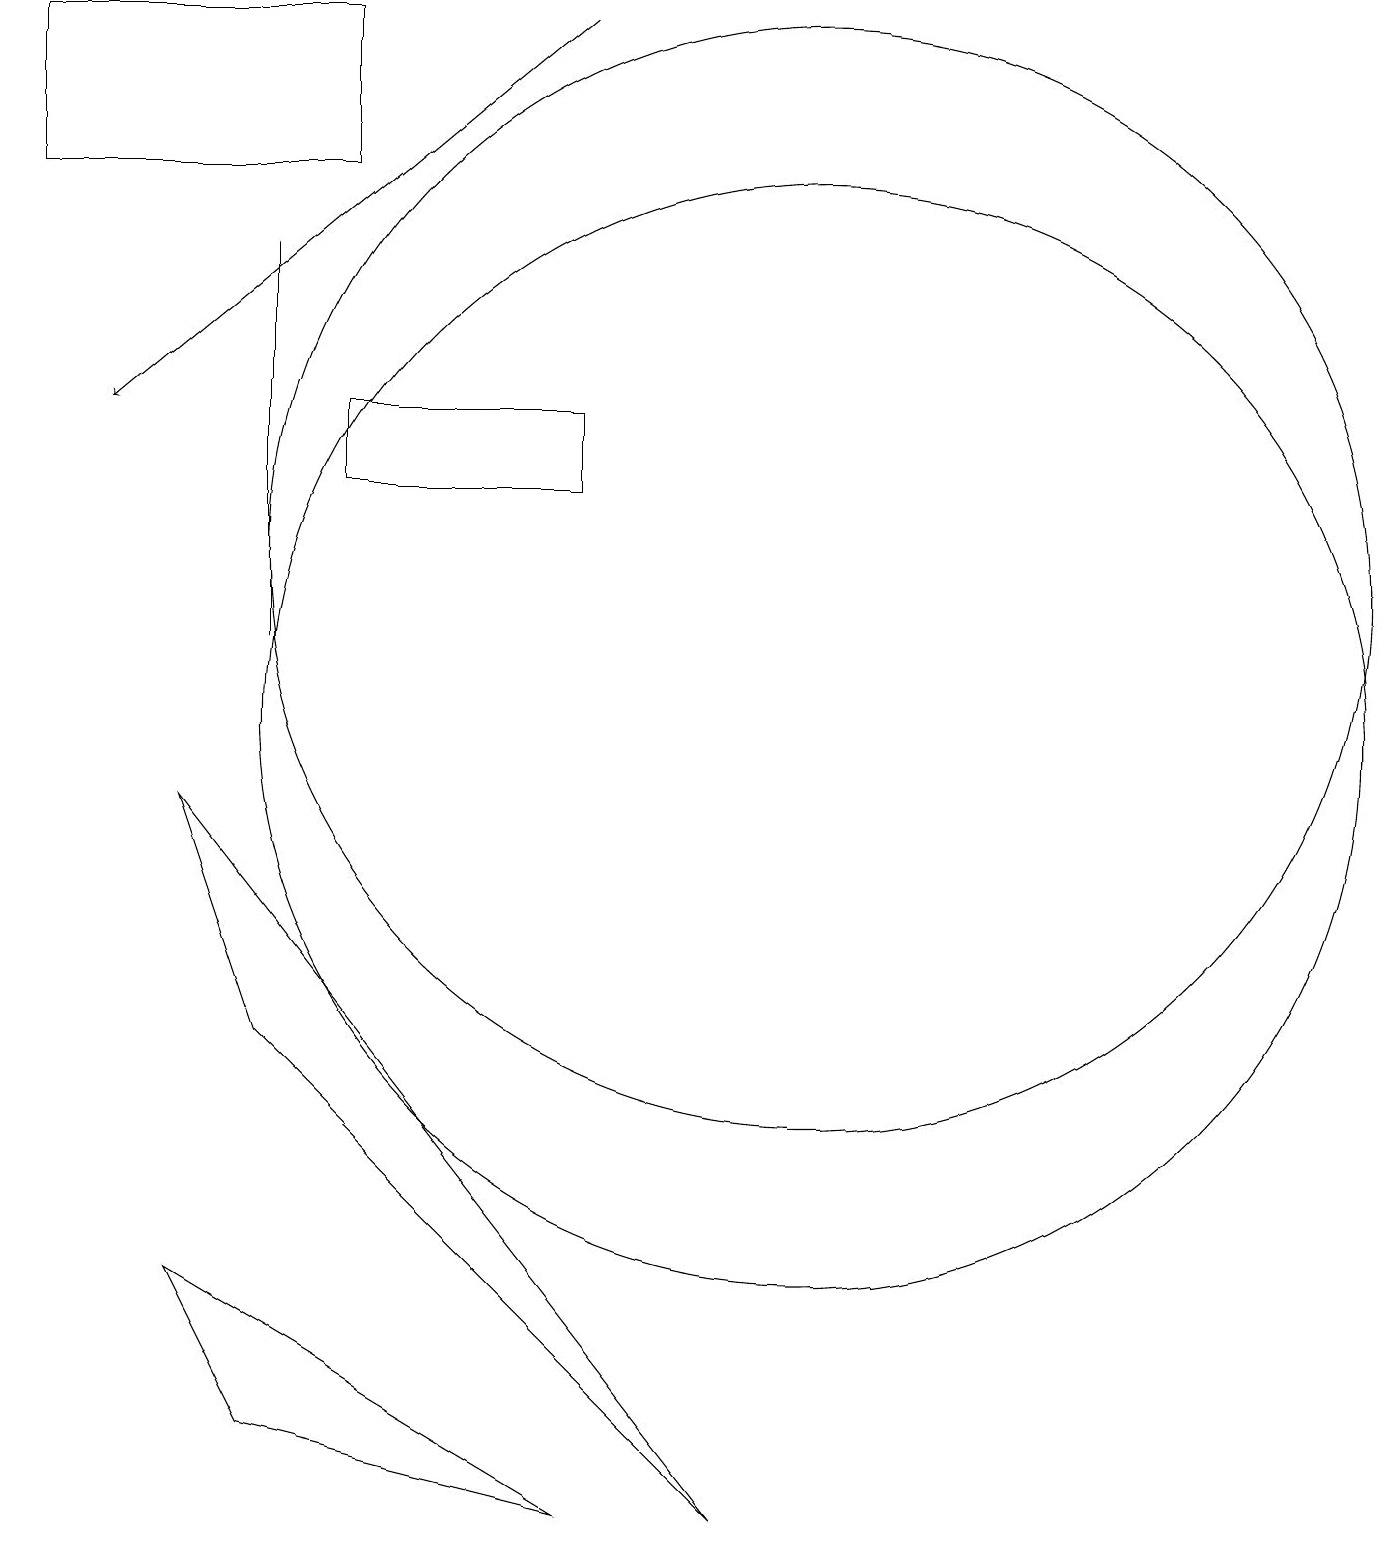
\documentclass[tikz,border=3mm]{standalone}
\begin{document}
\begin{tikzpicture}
\draw (3,1) -- (2,3) -- (7,0) -- cycle;
\draw (10,10) circle (7);
\draw (4,14) rectangle (7,13);
\draw (10,12) circle (7);
\draw (3,11) rectangle (3,16);
\draw (3,6) -- (9,0) -- (2,9) -- cycle;
\draw[->] (7,19) -- (1,14);
\draw (4,17) rectangle (0,19);
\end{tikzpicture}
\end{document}